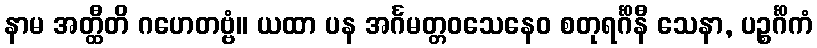
နာမ အတ္ထီတိ ဂဟေတဗ္ဗံ။ ယထာ ပန အင်္ဂမတ္တဝသေနေဝ စတုရင်္ဂိနီ သေနာ, ပဉ္စင်္ဂိကံ